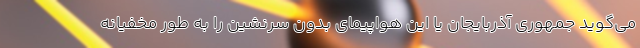
می‌گوید جمهوری آذربایجان یا این هواپیمای بدون سرنشین را به طور مخفیانه